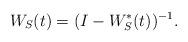
LaTeX: \begin{align*}W_S(t) = (I-W_S^*(t))^{-1}.\end{align*}